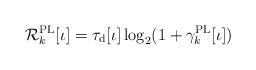
LaTeX: \begin{align*}\mathcal{R}_k^{\mathrm{PL}}[\iota] = \tau_\mathrm{d}[\iota]\log_2(1+\gamma_k^{\mathrm{PL}}[\iota])\end{align*}